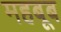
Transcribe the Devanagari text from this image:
महबूब